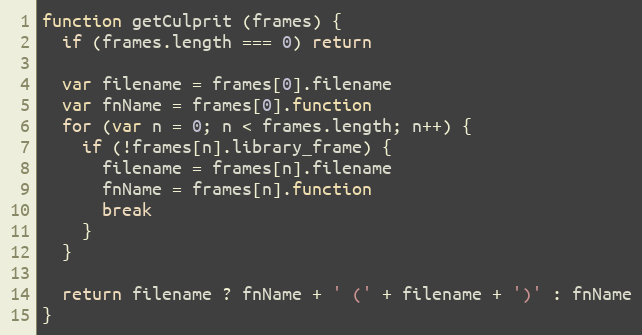
Language: JavaScript
function getCulprit (frames) {
  if (frames.length === 0) return

  var filename = frames[0].filename
  var fnName = frames[0].function
  for (var n = 0; n < frames.length; n++) {
    if (!frames[n].library_frame) {
      filename = frames[n].filename
      fnName = frames[n].function
      break
    }
  }

  return filename ? fnName + ' (' + filename + ')' : fnName
}